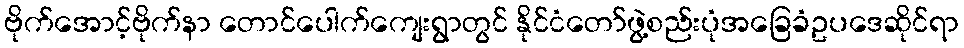
ဗိုက်အောင့်ဗိုက်နာ တောင်ပေါက်ကျေးရွာတွင် နိုင်ငံတော်ဖွဲ့စည်းပုံအခြေခံဥပဒေဆိုင်ရာ